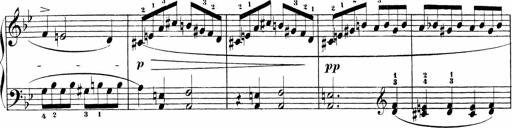
Title: Sonatinas
Composer: Andrew Violette